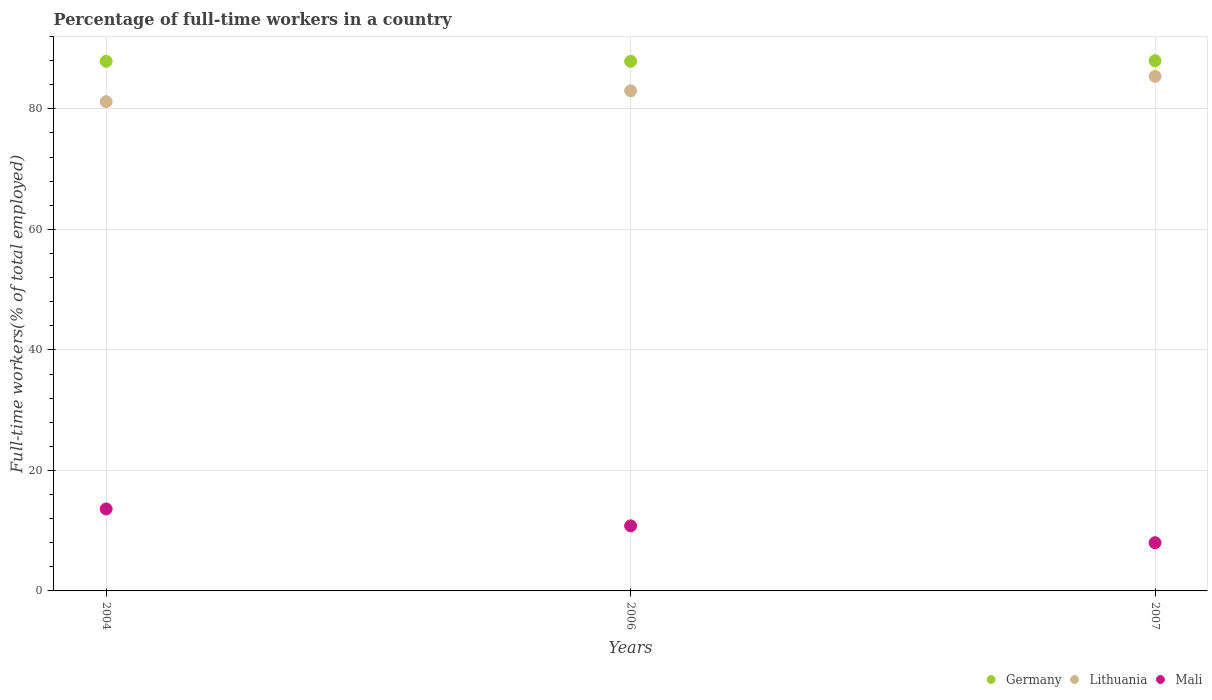
| Years | Germany | Lithuania | Mali |
 | --- | --- | --- | --- |
 | 2004 | 87.9 | 81.2 | 13.6 |
 | 2006 | 87.9 | 83 | 10.8 |
 | 2007 | 88 | 85.4 | 8 |